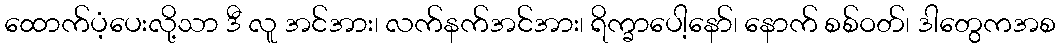
ထောက်ပံ့ပေးလို့သာ ဒီ လူ အင်အား၊ လက်နက်အင်အား၊ ရိက္ခာပေါ့နော်၊ နောက် စစ်ဝတ်၊ ဒါတွေကအစ